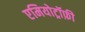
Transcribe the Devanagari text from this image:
एमियोट्रॉफ़ी